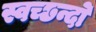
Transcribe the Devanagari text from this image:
स्वच्छन्दो